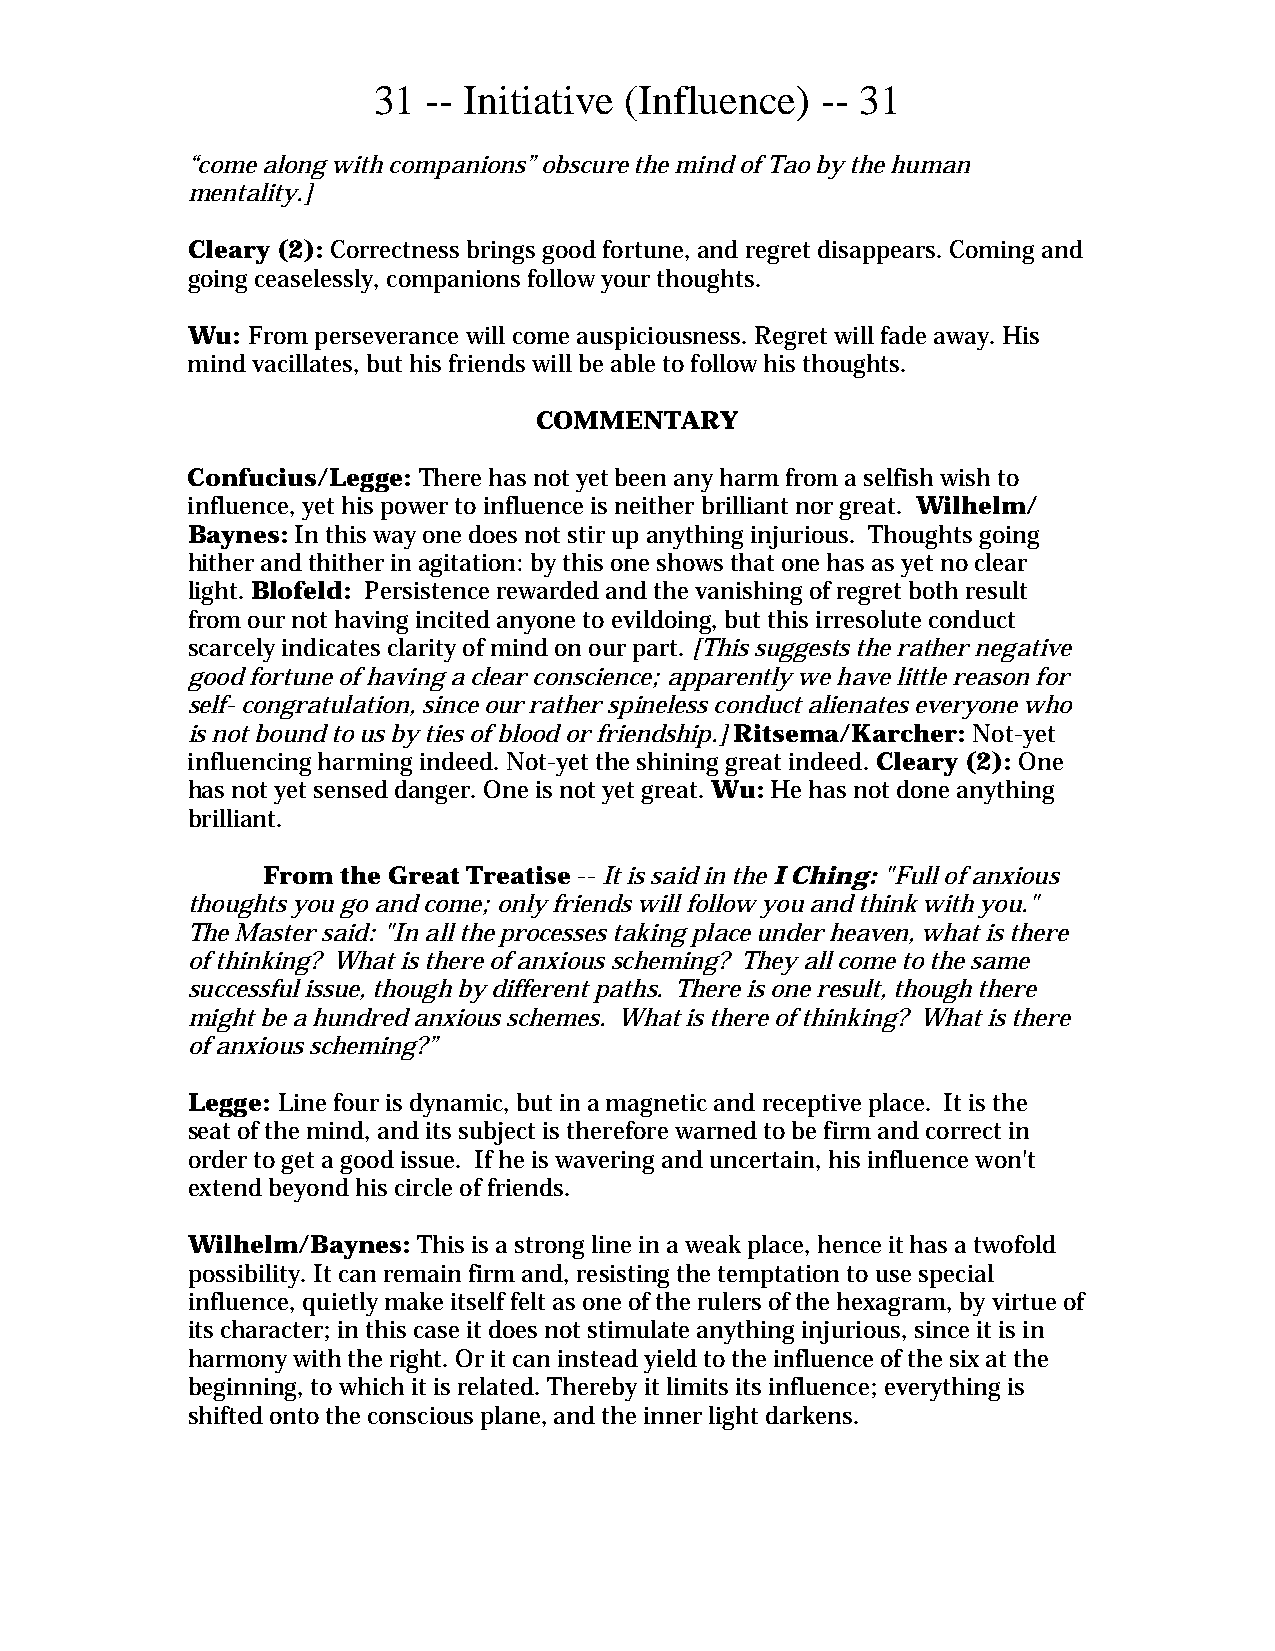
31 -- Initiative (Influence) -- 31
 “come along with companions” obscure the mind of Tao by the human
 mentality.]
 Cleary (2): Correctness brings good fortune, and regret disappears. Coming and
 going ceaselessly, companions follow your thoughts.
 Wu: From perseverance will come auspiciousness. Regret will fade away. His
 mind vacillates, but his friends will be able to follow his thoughts.
 COMMENTARY
 Confucius/Legge: There has not yet been any harm from a selfish wish to
 influence, yet his power to influence is neither brilliant nor great. Wilhelm/
 Baynes: In this way one does not stir up anything injurious. Thoughts going
 hither and thither in agitation: by this one shows that one has as yet no clear
 light. Blofeld: Persistence rewarded and the vanishing of regret both result
 from our not having incited anyone to evildoing, but this irresolute conduct
 scarcely indicates clarity of mind on our part. [This suggests the rather negative
 good fortune of having a clear conscience; apparently we have little reason for
 self- congratulation, since our rather spineless conduct alienates everyone who
 is not bound to us by ties of blood or friendship.] Ritsema/Karcher: Not-yet
 influencing harming indeed. Not-yet the shining great indeed. Cleary (2): One
 has not yet sensed danger. One is not yet great. Wu: He has not done anything
 brilliant.
 From  the Great Treatise -- It is said in the I Ching: "Full of anxious
 thoughts you go and come; only friends will follow you and think with you."
 The Master said: "In all the processes taking place under heaven, what is there
 of thinking? What is there of anxious scheming? They all come to the same
 successful issue, though by different paths. There is one result, though there
 might be a hundred anxious schemes. What is there of thinking? What is there
 of anxious scheming?”
 Legge: Line four is dynamic, but in a magnetic and receptive place. It is the
 seat of the mind, and its subject is therefore warned to be firm and correct in
 order to get a good issue. If he is wavering and uncertain, his influence won't
 extend beyond his circle of friends.
 Wilhelm/Baynes: This is a strong line in a weak place, hence it has a twofold
 possibility. It can remain firm and, resisting the temptation to use special
 influence, quietly make itself felt as one of the rulers of the hexagram, by virtue of
 its character; in this case it does not stimulate anything injurious, since it is in
 harmony with the right. Or it can instead yield to the influence of the six at the
 beginning, to which it is related. Thereby it limits its influence; everything is
 shifted onto the conscious plane, and the inner light darkens.